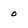
Character: 0